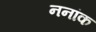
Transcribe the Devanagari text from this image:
ननांक